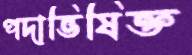
পদাভিষিক্ত